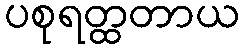
ပစုရတ္ထတာယ